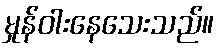
မှုန်ဝါးနေသေးသည်။